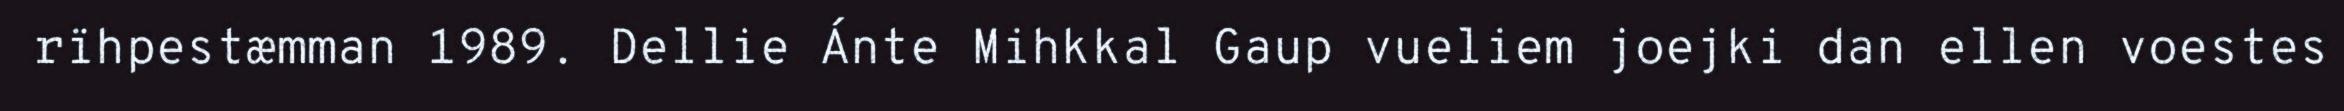
rïhpestæmman 1989. Dellie Ánte Mihkkal Gaup vueliem joejki dan ellen voestes